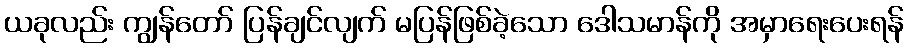
ယခုလည်း ကျွန်တော် ပြန်ချင်လျက် မပြန်ဖြစ်ခဲ့သော ဒေါသမာန်ကို အမှာရေးပေးရန်